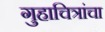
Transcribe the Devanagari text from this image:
गुहाचित्रांचा